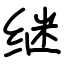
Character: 继